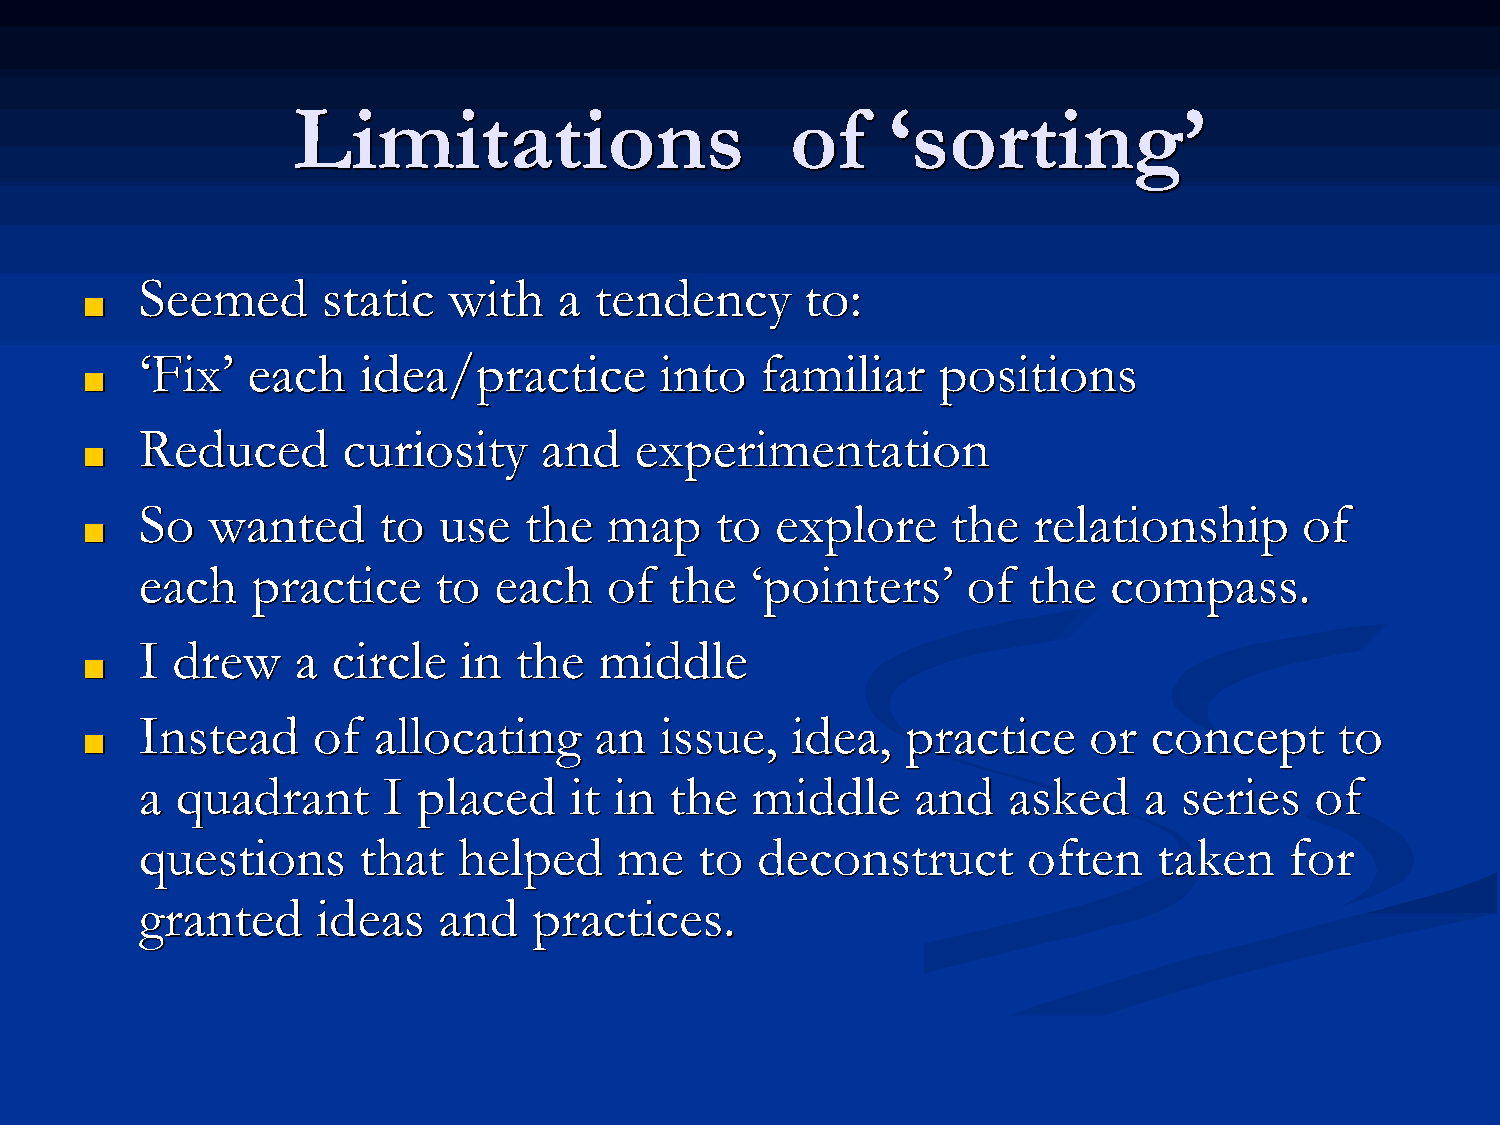
Limitations                      of     ‘sorting’
 Seemed      static   with   a tendency      to:
 ■
 ‘Fix’  each    idea/practice       into  familiar    positions
 ■
 Reduced       curiosity    and   experimentation
 ■
 So   wanted     to  use   the  map    to  explore     the  relationship      of
 ■
 each    practice    to  each   of  the   ‘pointers’    of  the   compass.
 I drew     a circle  in  the   middle
 ■
 Instead     of  allocating    an   issue,  idea,   practice    or  concept      to
 ■
 a  quadrant     I  placed    it in the   middle     and   asked    a series   of
 questions      that  helped     me   to  deconstruct       often    taken   for
 granted     ideas   and   practices.